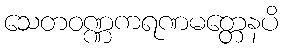
သေတဝဏ္ဏကရဏမတ္တေနပိ